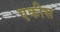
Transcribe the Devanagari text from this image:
एकीस